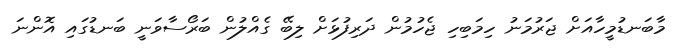
މާބަނޑުމީހާއަށް ޖަރުމަނު ހިމަބިހި ޖެހުމުން ދަރިފުޅަށް ލިބޭ ގެއްލުން ބަރޯސާވަނީ ބަނޑުގައި އޮންނަ